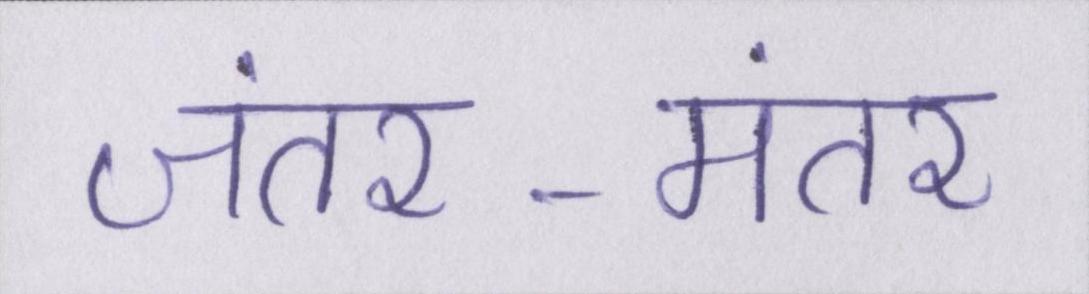
जंतर-मंतर